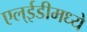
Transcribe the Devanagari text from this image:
एल्‌ईडीमध्ये